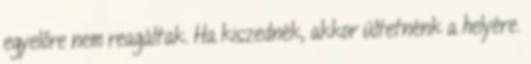
egyelőre nem reagáltak. Ha kiszednék, akkor ültetnénk a helyére.